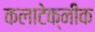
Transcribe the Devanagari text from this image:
कलाटेक्नीक